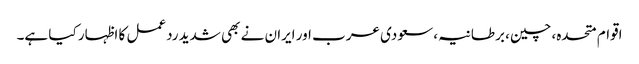
اقوام متحدہ، چین، برطانیہ، سعودی عرب اور ایران نے بھی شدید ردعمل کا اظہار کیا ہے۔